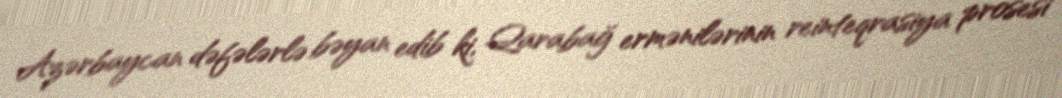
Azərbaycan dəfələrlə bəyan edib ki, Qarabağ ermənilərinin reinteqrasiya prosesi